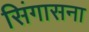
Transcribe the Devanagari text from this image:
सिंगासना